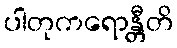
ပါတုကရောန္တီတိ